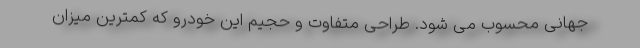
جهانی محسوب می شود. طراحی متفاوت و حجیم این خودرو که کمترین میزان